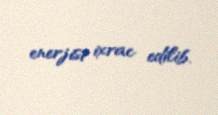
enerjisi ixrac edilib.